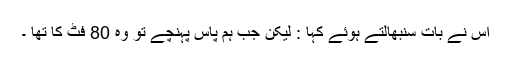
اس نے بات سنبھالتے ہوئے کہا : لیکن جب ہم پاس پہنچے تو وہ 80 فٹ کا تھا ۔